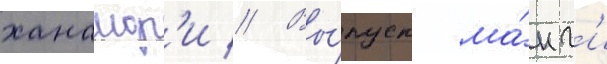
ханамор'и // Вы́пуск ма́нг'и